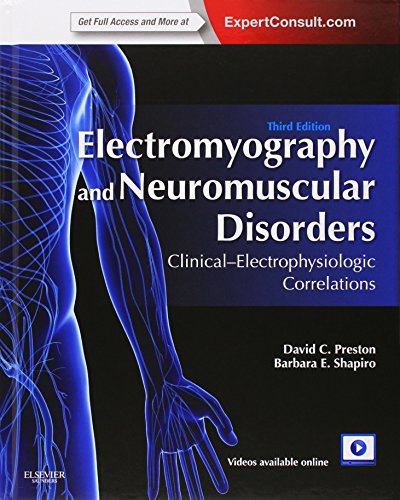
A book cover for Electromyography and Neuromuscular Disorders: Clinical-Electrophysiologic Correlations (Expert Consult - Online and Print), 3e; David C. Preston MD  FAAN; Medical Books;